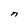
Character: n